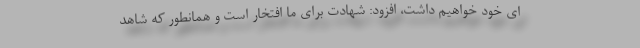
ای خود خواهیم داشت، افزود: شهادت برای ما افتخار است و همانطور که شاهد